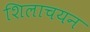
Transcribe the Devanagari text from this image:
शिलाचयन